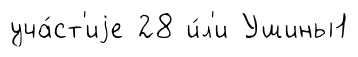
уча́ст'иjе 28 и́л'и Ушины1